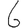
Digit: 6